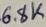
Text: 6.8K